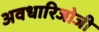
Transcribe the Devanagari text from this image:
अवधारिजोजी